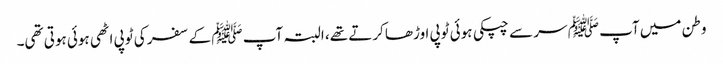
وطن میں آپ ﷺ سر سے چپکی ہوئی ٹوپی اوڑھا کرتے تھے، البتہ آپ ﷺ کے سفر کی ٹوپی اٹھی ہوئی ہوتی تھی۔